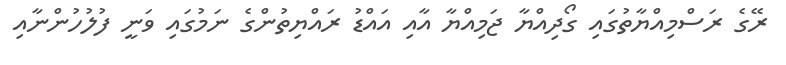
ރޭގެ ރަސްމިއްޔާތުގައި ގޯދިއްޔާ ޖަމިއްޔާ އާއި އައްޑު ރައްޔިތުންގެ ނަމުގައި ވަނީ ފުލުހުންނާއި